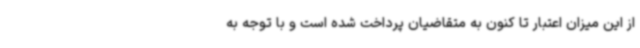
از این میزان اعتبار تا کنون به متقاضیان پرداخت شده است و با توجه به